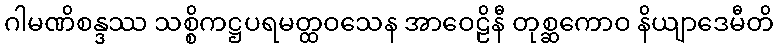
ဂါမဏိစန္ဒဿ သစ္စိကဋ္ဌပရမတ္ထဝသေန အာဝေဠိနီ တုစ္ဆကောဝ နိယျာဒေမီတိ